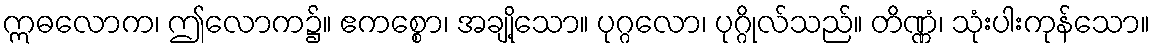
ဣဓလောက၊ ဤလောက၌။ ဧကစ္စော၊ အချို့သော။ ပုဂ္ဂလော၊ ပုဂ္ဂိုလ်သည်။ တိဏ္ဏံ၊ သုံးပါးကုန်သော။